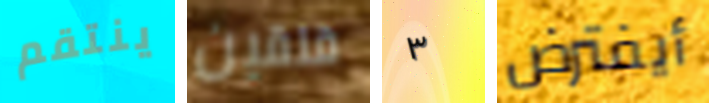
ينتقم قلقين ٣ أيفترض